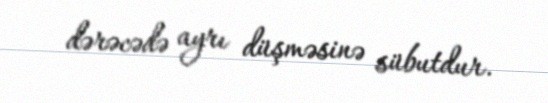
dərəcədə ayrı düşməsinə sübutdur.